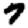
Digit: 7